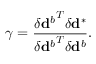
\gamma = \frac { { \delta \mathbf { d } ^ { b } } ^ { T } \delta \mathbf { d } ^ { * } } { { \delta \mathbf { d } ^ { b } } ^ { T } \delta \mathbf { d } ^ { b } } .